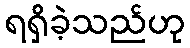
ရရှိခဲ့သည်ဟု